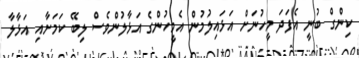
ކިންގް ބުނީ އެފަދަ މީހުނަށް އަޅައިލުމުން އެމީހުންގެ އަޅާލުންވެސް ލިބޭ ކަމަށާއި އަޅާލާ